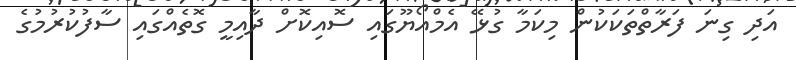
އަދި ގިނަ ފަރާތްތަކަކުން މިކަމާ ގުޅޭ އެމްއޯޔޫގައި ސޮއިކޮށް ދާއިމީ ގޮތެއްގައި ސާފުކުރުމުގެ